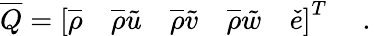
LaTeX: \overline{{Q}}=\left[\overline{{\rho}}\quad\overline{{\rho}}\tilde{u}\quad\overline{{\rho}}\tilde{v}\quad\overline{{\rho}}\tilde{w}\quad\check{e}\right]^{T}\quad\mathrm{~.~}